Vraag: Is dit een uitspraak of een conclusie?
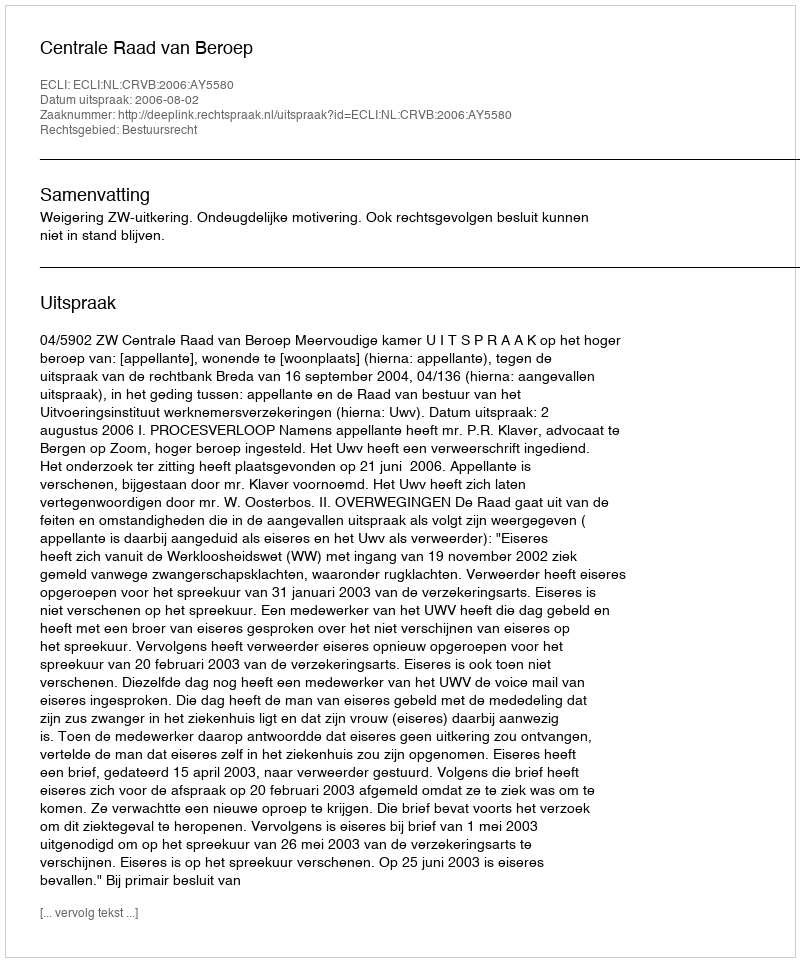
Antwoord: Uitspraak